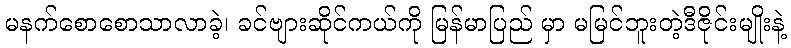
မနက်စောစောသာလာခဲ့၊ ခင်ဗျားဆိုင်ကယ်ကို မြန်မာပြည် မှာ မမြင်ဘူးတဲ့ဒီဇိုင်းမျိုးနဲ့